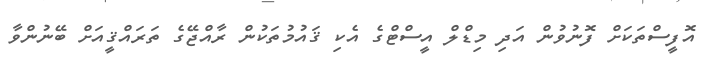
އޮފީސްތަކަށް ފޮނުވުން އަދި މިޑްލް އީސްޓްގެ އެކި ޤައުމުތަކުން ރާއްޖޭގެ ތަރައްޤީއަށް ބޭނުންވާ